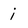
Character: i